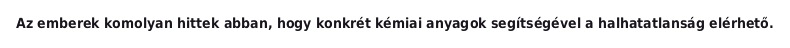
Az emberek komolyan hittek abban, hogy konkrét kémiai anyagok segítségével a halhatatlanság elérhető.